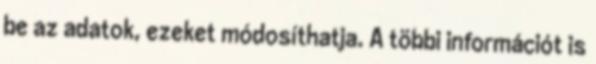
be az adatok, ezeket módosíthatja. A többi információt is